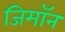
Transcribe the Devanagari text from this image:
जिमाॅन